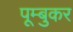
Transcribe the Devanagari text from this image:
पूम्बुकर